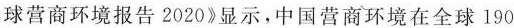
球营商环境报告2020》显示，中国营商环境在全球190